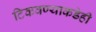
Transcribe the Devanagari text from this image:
टिकवण्याकडेही